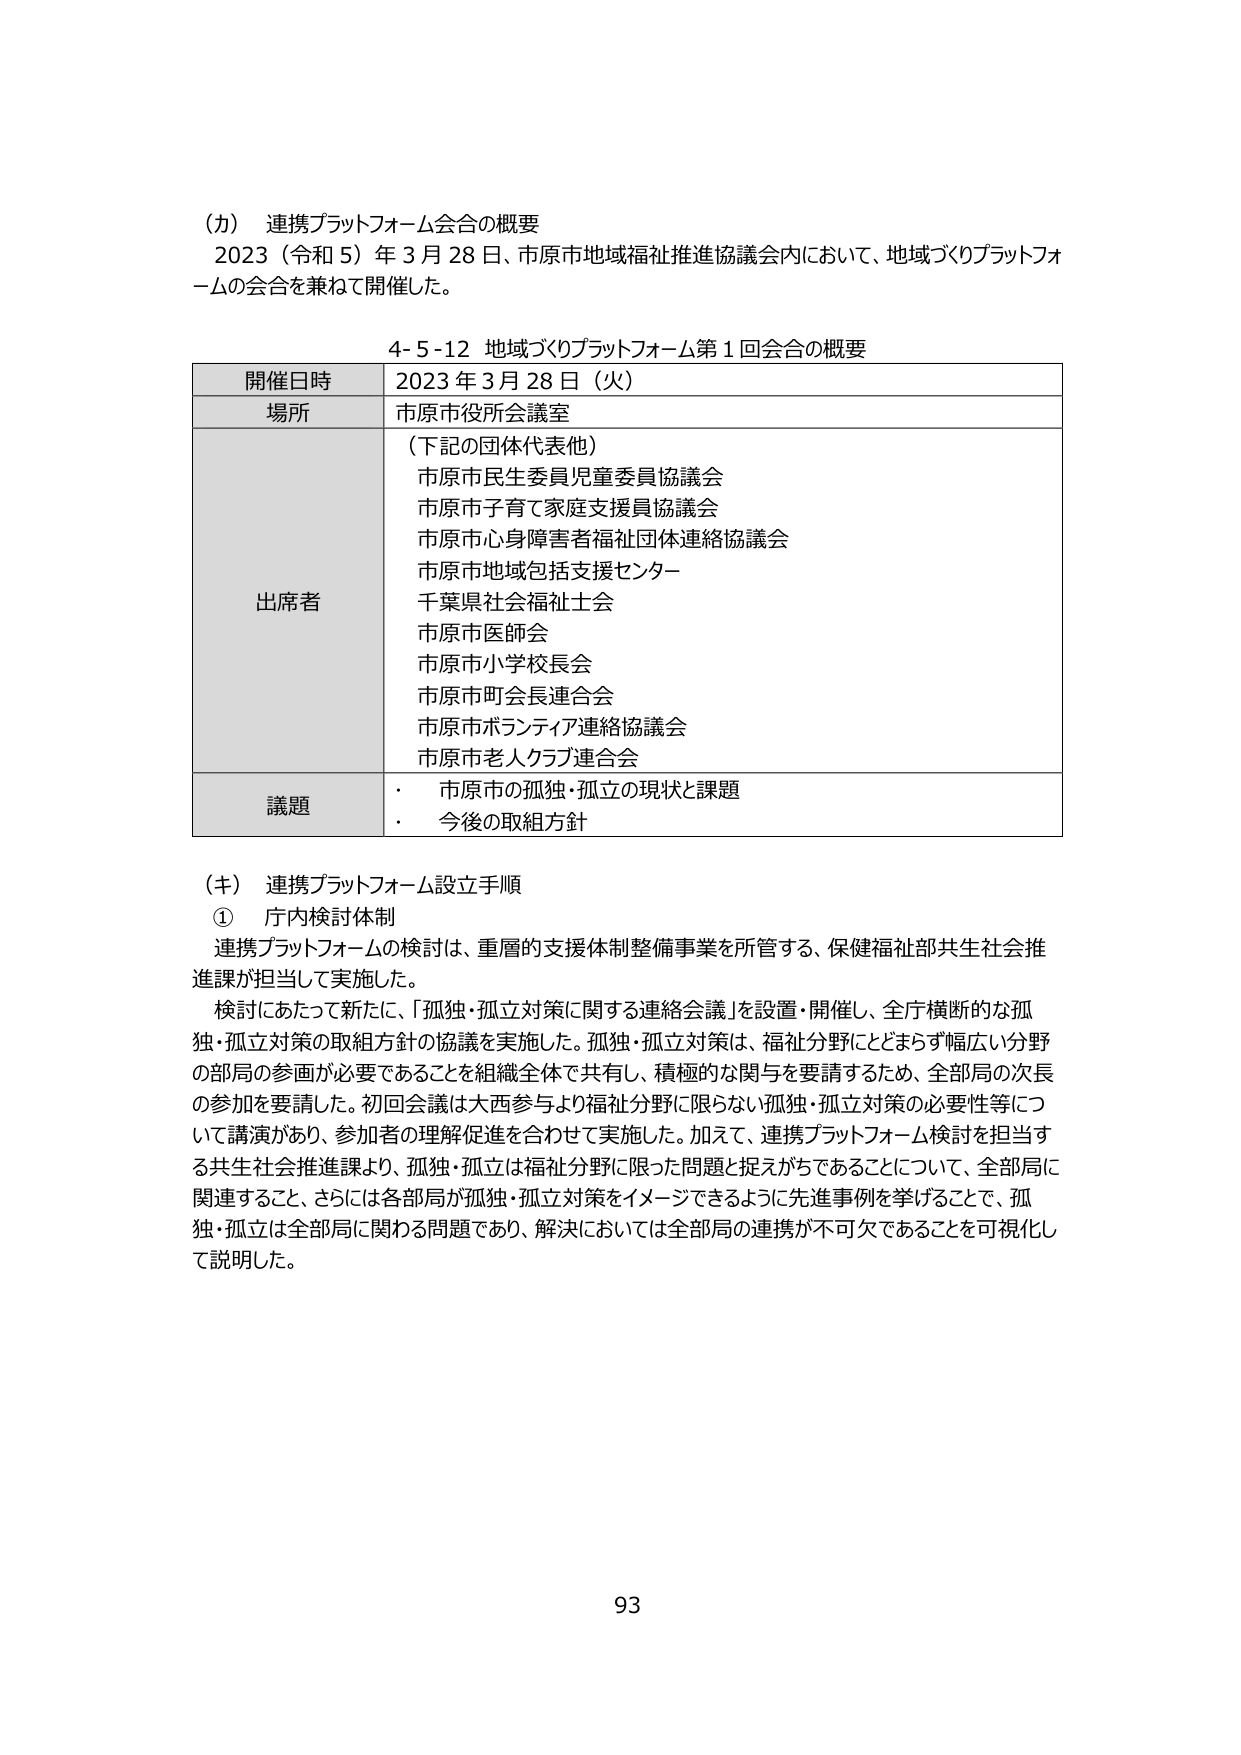
（か） 連携プラットフォーム会合の概要
2023（令和5）年3月28日、市原市地域福祉推進協議会内において、地域づくりプラットフォームの会合を兼ねて開催した。

4-5-12 地域づくりプラットフォーム第1回会合の概要

| 開催日時 | 2023年3月28日（火） |
|----------|---------------------|
| 場所     | 市原市役所会議室     |
| 出席者   | （下記の団体代表他）<br>市原市民生委員児童委員協議会<br>市原市子育て家庭支援員協議会<br>市原市心身障害者福祉団体連絡協議会<br>市原市地域包括支援センター<br>千葉県社会福祉士会<br>市原市医師会<br>市原市小学校長会<br>市原市町会長連合会<br>市原市ボランティア連絡協議会<br>市原市老人クラブ連合会 |
| 議題     | ・ 市原市の孤独・孤立の現状と課題<br>・ 今後の取組方針 |

（キ） 連携プラットフォーム設立手順
① 庁内検討体制
連携プラットフォームの検討は、重層的支援体制整備事業を所管する、保健福祉部共生社会推進課が担当して実施した。
検討にあたって新たに、「孤独・孤立対策に関する連絡会議」を設置・開催し、全庁横断的な孤独・孤立対策の取組方針の協議を実施した。孤独・孤立対策は、福祉分野にとどまらず幅広い分野の部局の参画が必要であることを組織全体で共有し、積極的な関与を要請するため、全部局の次長の参加を要請した。初回会議は大西参与より福祉分野に限らない孤独・孤立対策の必要性等について講演があり、参加者の理解促進を合わせて実施した。加えて、連携プラットフォーム検討を担当する共生社会推進課より、孤独・孤立は福祉分野に限った問題と捉えがちであることについて、全部局に関連すること、さらには各部局が孤独・孤立対策をイメージできるように先進事例を挙げることで、孤独・孤立は全部局に関わる問題であり、解決においては全部局の連携が不可欠であることを可視化して説明した。

93